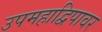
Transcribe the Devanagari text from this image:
उपमहाद्विपावर